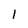
Character: 1